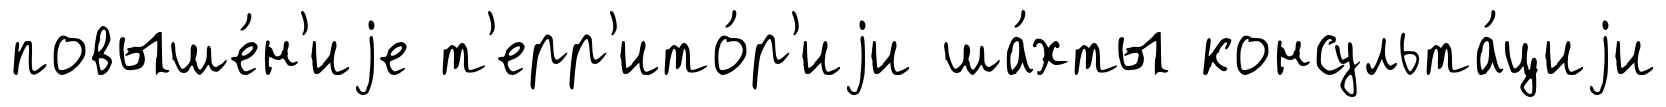
повыше́н'иjе т'ерр'ито́р'иjи ша́хты консульта́циjи